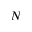
N